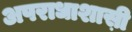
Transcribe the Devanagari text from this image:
अपराधाशास़ी